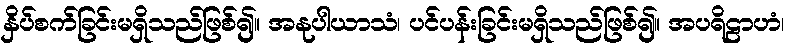
နှိပ်စက်ခြင်းမရှိသည်ဖြစ်၍။ အနုပါယာသံ၊ ပင်ပန်းခြင်းမရှိသည်ဖြစ်၍။ အပရိဠာဟံ၊